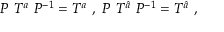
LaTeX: P ~ T ^ { a } ~ P ^ { - 1 } = T ^ { a } ~ , ~ P ~ T ^ { \hat { a } } ~ P ^ { - 1 } = T ^ { \hat { a } } ~ , ~ \,